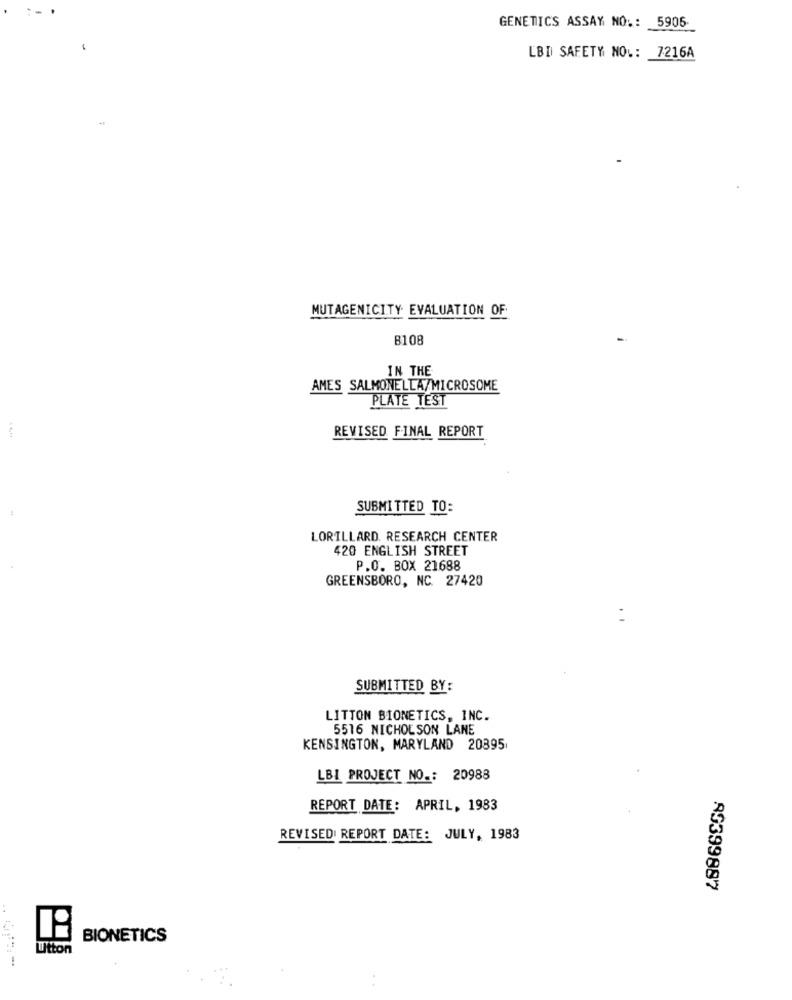
GENETICS ASSAY NO .: 5905
LBI SAFETY NO .: 7216A
MUTAGENICITY EVALUATION OF
B108
IN THE
AMES SALMONELLA/MICROSOME
PLATE TEST
REVISED FINAL REPORT
SUBMITTED TO:
LORILLARD. RESEARCH CENTER
420 ENGLISH STREET
P.O. BOX 21688
GREENSBORO, NC. 27420
SUBMITTED BY:
LITTON BIONETICS, INC.
5516 NICHOLSON LANE
KENSINGTON, MARYLAND 20895
LBI PROJECT NO .: 20988
REPORT DATE: APRIL, 1983
REVISED REPORT DATE: JULY, 1983
89399887
BIONETICS
Utton